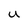
Character: U